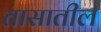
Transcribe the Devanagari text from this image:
तासातील